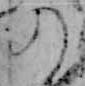
の